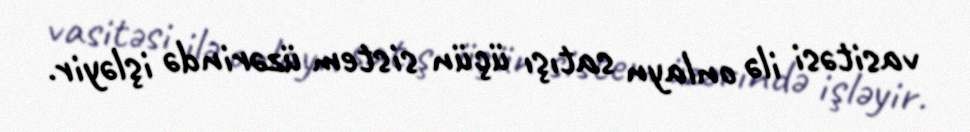
vasitəsi ilə onlayn satışı üçün sistem üzərində işləyir.